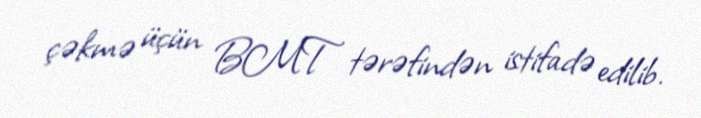
çəkmə üçün BMT tərəfindən istifadə edilib.